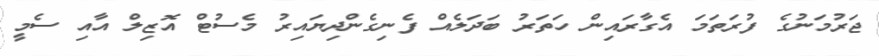
ޖަރުމަނުގެ ފުރަތަމަ އެގާރައިން ހަތަރު ބަދަލެއް ފެނިގެންދިޔައިރު މެސުޓް އޮޒިލް އާއި ސެމީ